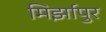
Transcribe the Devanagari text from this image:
मिर्झापुर